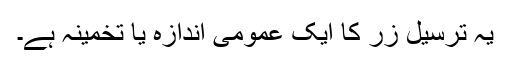
یہ ترسیل زر کا ایک عمومی اندازہ یا تخمینہ ہے۔